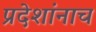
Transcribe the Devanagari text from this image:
प्रदेशांनाच